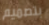
بتصميم